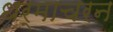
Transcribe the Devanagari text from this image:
धर्माचरन